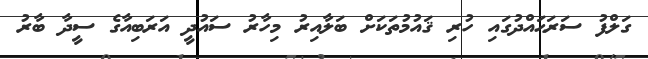
ގަލްފު ސަރަޙައްދުގައި ހުރި ޤައުމުތަކަށް ބަލާއިރު މިހާރު ސައުދީ އަރަބިއާގެ ސީދާ ބާރު